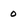
Character: o